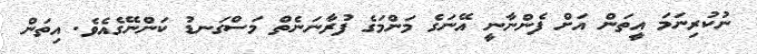
ނުކުރިނަމަ އީތަން އަށް ފެންނާނީ އޭނަގެ މަންމަގެ ފުރާނަނެތް މަސްގަނޑު ކަންނޭގެއެވެ. އިތަން